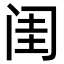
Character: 闺